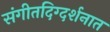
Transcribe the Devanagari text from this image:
संगीतदिग्दर्शनात